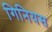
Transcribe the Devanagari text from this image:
गिनियस